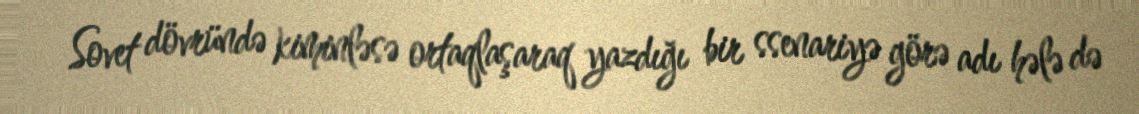
Sovet dövründə kiminləsə ortaqlaşaraq yazdığı bir ssenariyə görə adı hələ də